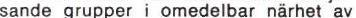
sande grupper i omedelbar närhet av